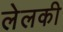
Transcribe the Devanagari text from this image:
लेलकी